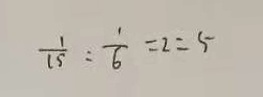
\frac { 1 } { 1 5 } : \frac { 1 } { 6 } = 2 : 5